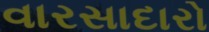
વારસાદારો